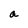
Character: a